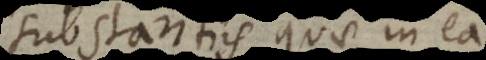
substantiis quae in ea